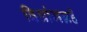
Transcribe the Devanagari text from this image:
विश्रांमग्रहे